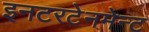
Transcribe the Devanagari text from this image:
इनटरटेनमेन्ट